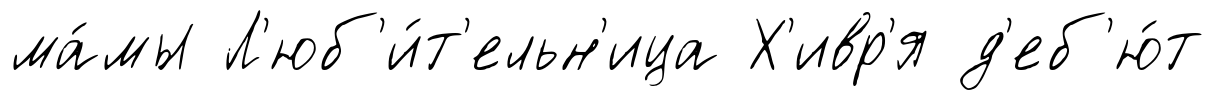
ма́мы Л'юб'и́т'ельн'ица Х'ивр'я д'еб'ю́т